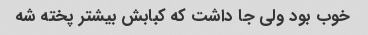
خوب بود ولی جا داشت که کبابش بیشتر پخته شه